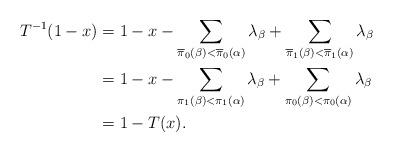
LaTeX: \begin{align*}T^{-1}(1 - x) & = 1 - x - \sum_{\overline \pi_0(\beta)< \overline \pi_0(\alpha) } \lambda_\beta + \sum_{\overline \pi_1(\beta) < \overline \pi_1(\alpha) }\lambda_\beta \\& = 1 - x - \sum_{\pi_1(\beta)<\pi_1(\alpha) } \lambda_\beta + \sum_{\pi_0(\beta) < \pi_0(\alpha) }\lambda_\beta \\ &= 1 - T(x).\end{align*}